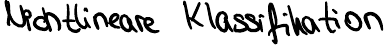
Nichtlineare Klassifikation